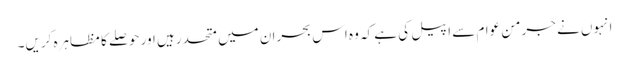
انہوں نے جرمن عوام سے اپیل کی ہے کہ وہ اس بحران میں متحد رہیں اور حوصلے کا مظاہرہ کریں۔